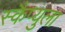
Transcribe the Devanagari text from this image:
स्कैप्युला